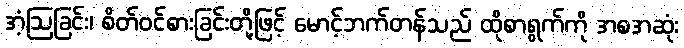
အံ့ဩခြင်း၊ စိတ်ဝင်စားခြင်းတို့ဖြင့် မောင့်ဘက်တန်သည် ထိုစာရွက်ကို အစအဆုံး